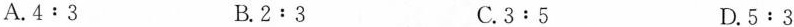
A.$$4:3$$ B.$$2:3$$ C.$$3﹔5$$ D.$$5:3$$